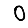
Digit: 0